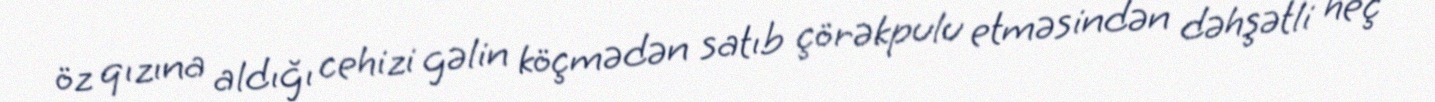
öz qızına aldığı cehizi gəlin köçmədən satıb çörəkpulu etməsindən dəhşətli heç